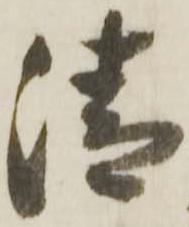
清